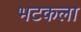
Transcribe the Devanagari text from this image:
भटकला